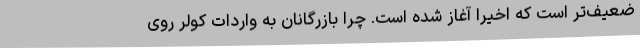
ضعیف‌تر است که اخیرا آغاز شده است. چرا بازرگانان به واردات کولر روی